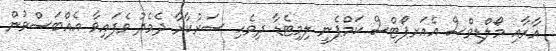
އާރާއި މޯލްޑިވްސް އެއަރޕޯޓްސް ކަމްޕެނީ ލިމިޓެޑާ ދިވެހި ސަރުކާރާ ދެމެދު ވެފައިވާ އެއްބަސްވުން